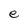
Character: e